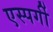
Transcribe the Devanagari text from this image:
एस्पर्गी